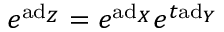
e ^ { \mathrm { a d } _ { Z } } = e ^ { \mathrm { a d } _ { X } } e ^ { t \mathrm { a d } _ { Y } }